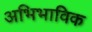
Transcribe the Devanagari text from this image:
अभिभाविक